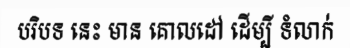
បរិបទ នេះ មាន គោលដៅ ដើម្បី ទំលាក់